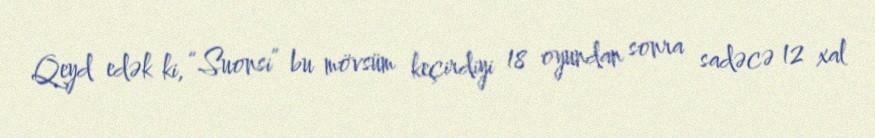
Qeyd edək ki, “Suonsi” bu mövsüm keçirdiyi 18 oyundan sonra sadəcə 12 xal